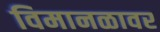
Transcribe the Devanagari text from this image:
विमानळावर